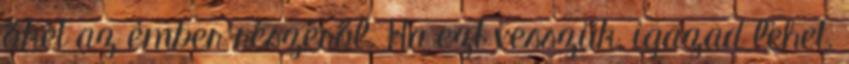
őket az ember részéről. Ha ezt vesszük, igazad lehet.